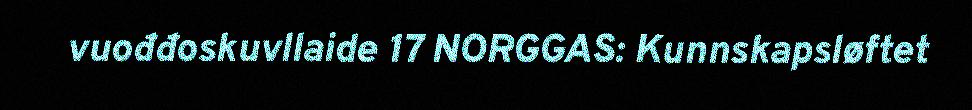
vuođđoskuvllaide 17 NORGGAS: Kunnskapsløftet